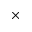
\times